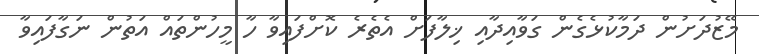
މޭޒުދަށުން ދަމާކުޅެގެން ގަވާއިދާއި ޚިލާފަށް އެތެރެ ކޮށްފައިވާ ހާ މީހުންތައް އަތުން ނަގާފައިވާ